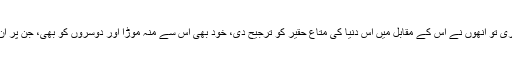
ان کے لیے اللہ کی ہدایت اتری تو انھوں نے اس کے مقابل میں اس دنیا کی متاع حقیر کو ترجیح دی، خود بھی اس سے منہ موڑا اور دوسروں کو بھی، جن پر ان کا بس چلا، اس سے روکا۔